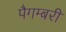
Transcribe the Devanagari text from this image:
पैगम्बरी